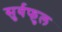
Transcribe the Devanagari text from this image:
सुर्यफुल